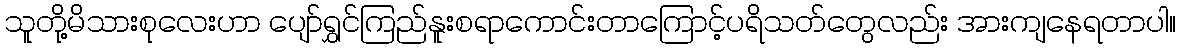
သူတို့မိသားစုလေးဟာ ပျော်ရွှင်ကြည်နူးစရာကောင်းတာကြောင့်ပရိသတ်တွေလည်း အားကျနေရတာပါ။